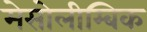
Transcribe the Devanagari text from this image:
मेसोलीम्बिक